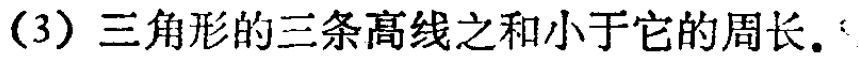
(3) 三角形的三条高线之和小于它的周长.